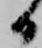
日